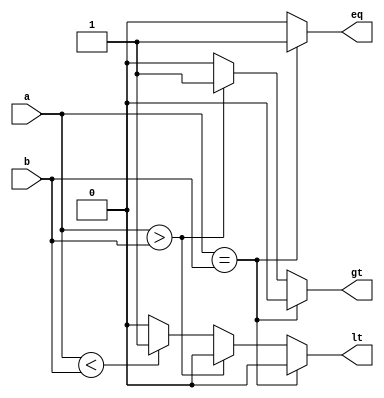
module comp_nb(a, b, eq, lt, gt); 
    input  [n-1:0] a,b; 
    output reg eq, lt, gt; 
  
    parameter n = 8;
    
    always @ (a,b)
    begin      
       if (a == b)
       begin     
          eq = 1; lt = 0;  gt = 0;   
       end
       else if (a > b)   
       begin     
          eq = 0; lt = 0;  gt = 1; 
       end
       else if (a < b)  
       begin     
          eq = 0; lt = 1;  gt = 0; end
       else
       begin     
          eq = 0; lt = 0;  gt = 0; 
       end  
    end 

endmodule